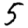
Digit: 5